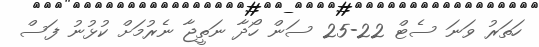
ހަތަރު ވަނަ ސެޓް 22-25 ސަން ހޯދާ ނަތީޖާ ނެރުމަށް ކުޅުނު ފަސް